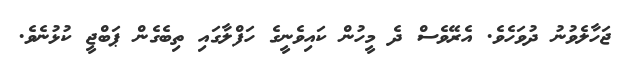
ޖަހާލެވުނު ދުވަހެވެ. އެރޭވެސް ދެ މީހުން ކައިވެނީގެ ހަފްލާގައި ތިބެގެން ޕަބްޖީ ކުޅުނެވެ.